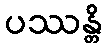
ပဿန္တိ